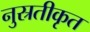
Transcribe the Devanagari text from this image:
नुस्रतीकृत